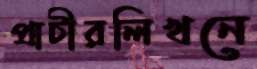
প্রাচীরলিখনে